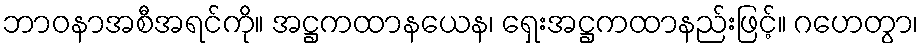
ဘာဝနာအစီအရင်ကို။ အဋ္ဌကထာနယေန၊ ရှေးအဋ္ဌကထာနည်းဖြင့်။ ဂဟေတွာ၊